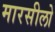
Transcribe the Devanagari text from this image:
मारसीलो